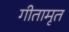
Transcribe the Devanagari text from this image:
गीतामृत